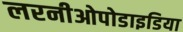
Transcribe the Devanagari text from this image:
लरनीओपोडाइडिया